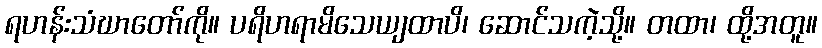
ရဟန်းသံဃာတော်ကို။ ပရိဟရာမိသေယျထာပိ၊ ဆောင်သကဲ့သို့။ တထာ၊ ထို့အတူ။